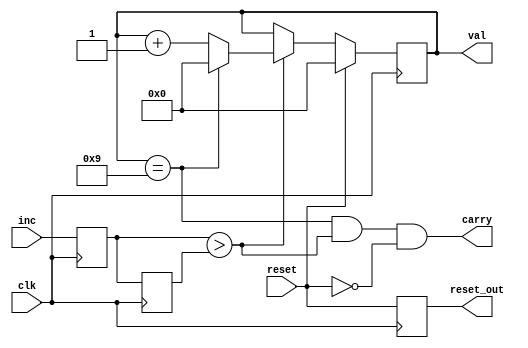
// inc must be < half clk
module bcd_cnt_digit(clk, reset, inc, val, carry, reset_out);
    input        clk, reset, inc;
    output reg [3:0] val;
    output carry;
    output reg reset_out; // temporize reset for next digit (to be able to get it before it is resetted)
    reg inc_, inc__;
    assign carry = (val == 4'd9) && (inc_>inc__) && !reset;
    always @(posedge clk) begin
        if (reset) begin
            val <= 4'd0;
        end else begin
            if (inc_>inc__) begin // on inc posedge
                if (val == 4'd9) begin
                    val <=  4'd0;
                end else begin
                    val <= val + 4'd1;
                end
            end
        end
        inc_ <= inc;
        inc__ <= inc_;
        reset_out <= reset;
    end
endmodule

// increase each clk
module bcd_clk_cnt_digit(clk, reset, val, carry, reset_out);
    input        clk, reset;
    output reg [3:0] val;
    output carry;
    output reg reset_out; // temporize reset for next digit (to be able to get it before it is resetted)
    assign carry = (val == 4'd9) && !reset;
    always @(posedge clk) begin
        if (reset) begin
            val <= 4'd0;
        end else begin
            if (val == 4'd9) begin
                val <=  4'd0;
            end else begin
                val <= val + 4'd1;
            end
        end
        reset_out <= reset;
    end
endmodule